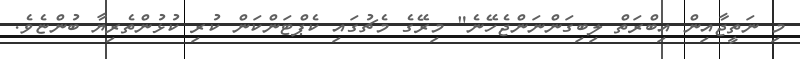
މި ނަތީޖާއިން އިބްރަތް ލިބިގަންނަންޖެހޭނެ" މިރޭގެ މެޗުގައި ކެޕްޓަންކަން ކުރި ކުޅުންތެރިޔާ ބުންޏެވެ.